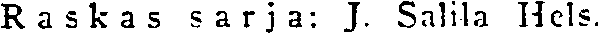
Raskas sarja: J. Salila Hels.